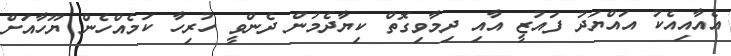
އެއާއިއެކު އައްޔަދު ފައުޒީ އާއި ދިމާވިގޮތް ކިޔާދެމުން ދެންވީ ހުރިހާ ކަމެއްހެން ޔޫހާއަށް